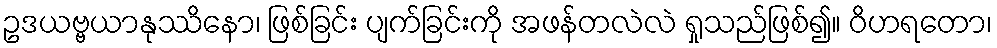
ဥဒယဗ္ဗယာနုဿိနော၊ ဖြစ်ခြင်း ပျက်ခြင်းကို အဖန်တလဲလဲ ရှုသည်ဖြစ်၍။ ဝိဟရတော၊